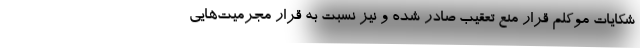
شکایات موکلم قرار منع تعقیب صادر شده و نیز نسبت به قرار مجرمیت‌هایی